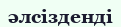
әлсізденді